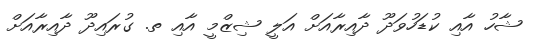
ޝާހު އާއި ކުޑަހުވަދޫ ދާއިރާއަށް އަލީ ޝިޒްމީ އާއި ތ. ގުރައިދޫ ދާއިރާއަށް